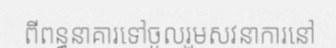
ពីពន្ធនាគារទៅចូលរួមសវនាការនៅ